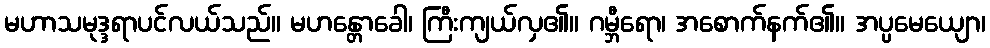
မဟာသမုဒ္ဒရာပင်လယ်သည်။ မဟန္တောခေါ၊ ကြီးကျယ်လှ၏။ ဂမ္ဘီရော၊ အစောက်နက်၏။ အပ္ပမေယျော၊